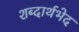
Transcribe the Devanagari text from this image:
शब्दार्थभेद